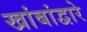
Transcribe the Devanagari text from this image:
खांबांद्वारे